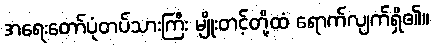
အရေးတော်ပုံတပ်သားကြီး မျိုးတင့်တို့ထံ ရောက်လျက်ရှိ၏။